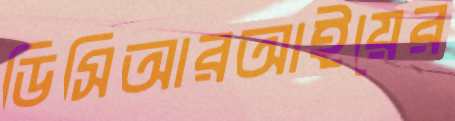
ডিসিআরআইয়ের